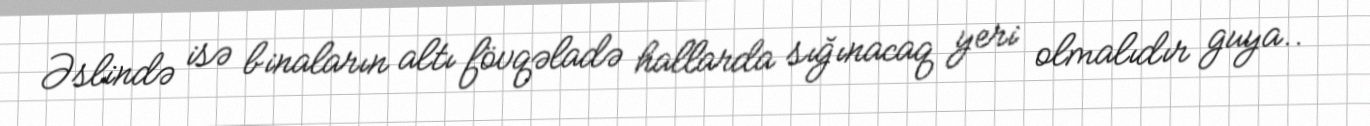
Əslində isə binaların altı fövqəladə hallarda sığınacaq yeri olmalıdır guya..